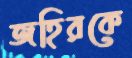
জহিরকে